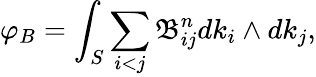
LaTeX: \varphi_{B}=\int_{S}\sum_{i<j}\mathfrak{B}_{ij}^{n}dk_{i}\wedge dk_{j},